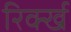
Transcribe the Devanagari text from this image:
रिर्क्ख